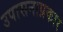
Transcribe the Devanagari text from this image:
उपासनाप्रकार